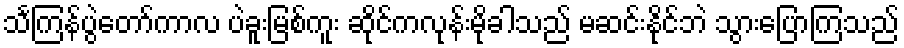
သင်္ကြန်ပွဲတော်ကာလ ပဲခူးမြစ်ကူး ဆိုင်ကလုန်းမိုခါသည် မဆင်းနိုင်ဘဲ သွားပြောကြသည်